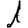
Digit: 1